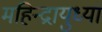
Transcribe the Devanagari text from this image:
महिन्द्रायुध्या